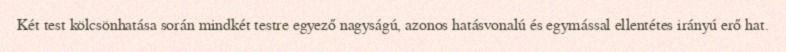
Két test kölcsönhatása során mindkét testre egyező nagyságú, azonos hatásvonalú és egymással ellentétes irányú erő hat.